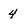
Character: 4